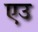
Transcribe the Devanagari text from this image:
एउ